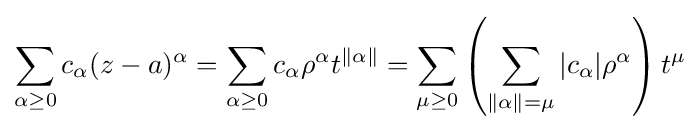
\sum _{\alpha \geq 0}c_{\alpha }(z-a)^{\alpha }=\sum _{\alpha \geq 0}c_{\alpha }\rho ^{\alpha }t^{\|\alpha \|}=\sum _{\mu \geq 0}\left(\sum _{\|\alpha \|=\mu }|c_{\alpha }|\rho ^{\alpha }\right)t^{\mu }